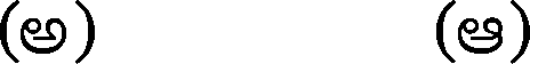
(అ) (ఆ)